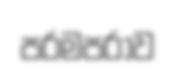
පරමපරාව